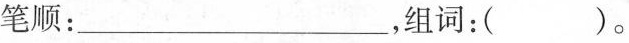
笔顺：__，组词：（）。